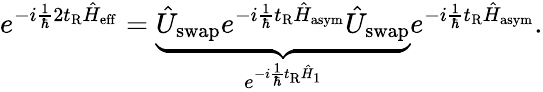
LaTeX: e^{-i\frac{1}{\hbar}2t_{\mathrm{R}}\hat{H}_{\mathrm{eff}}}=\underbrace{\hat{U}_{\mathrm{swap}}e^{-i\frac{1}{\hbar}t_{\mathrm{R}}\hat{H}_{\mathrm{asym}}}\hat{U}_{\mathrm{swap}}}_{e^{-i\frac{1}{\hbar}t_{\mathrm{R}}\hat{H}_{1}}}e^{-i\frac{1}{\hbar}t_{\mathrm{R}}\hat{H}_{\mathrm{asym}}}.